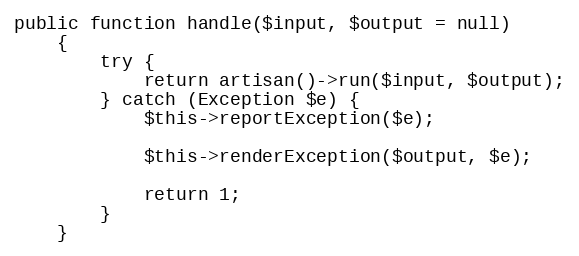
Language: PHP
public function handle($input, $output = null)
    {
        try {
            return artisan()->run($input, $output);
        } catch (Exception $e) {
            $this->reportException($e);

            $this->renderException($output, $e);

            return 1;
        }
    }